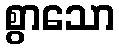
စွာသော